Indian journal of veterinary science and animal husbandry - Volume 2,
Year: 1932
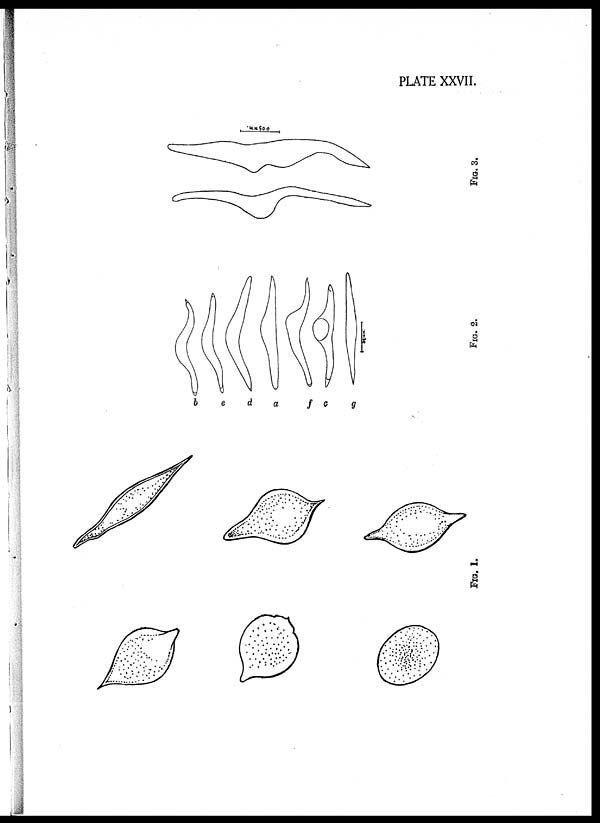
PLATE XXVII.
FIG. 1.
FIG. 2.
FIG. 3.